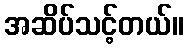
အဆိပ်သင့်တယ်။